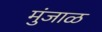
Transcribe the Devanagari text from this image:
मुंजाळ